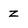
Character: Z